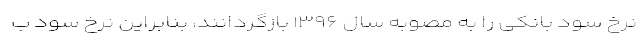
نرخ سود بانکی را به مصوبه سال ۱۳۹۶ بازگردانند، بنابراین نرخ سود ب